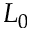
L _ { 0 }